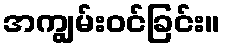
အကျွမ်းဝင်ခြင်း။